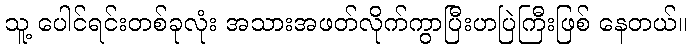
သူ့ ပေါင်ရင်းတစ်ခုလုံး အသားအဖတ်လိုက်ကွာပြီးဟပြဲကြီးဖြစ် နေတယ်။